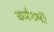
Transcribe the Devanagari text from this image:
कर्जमाफी